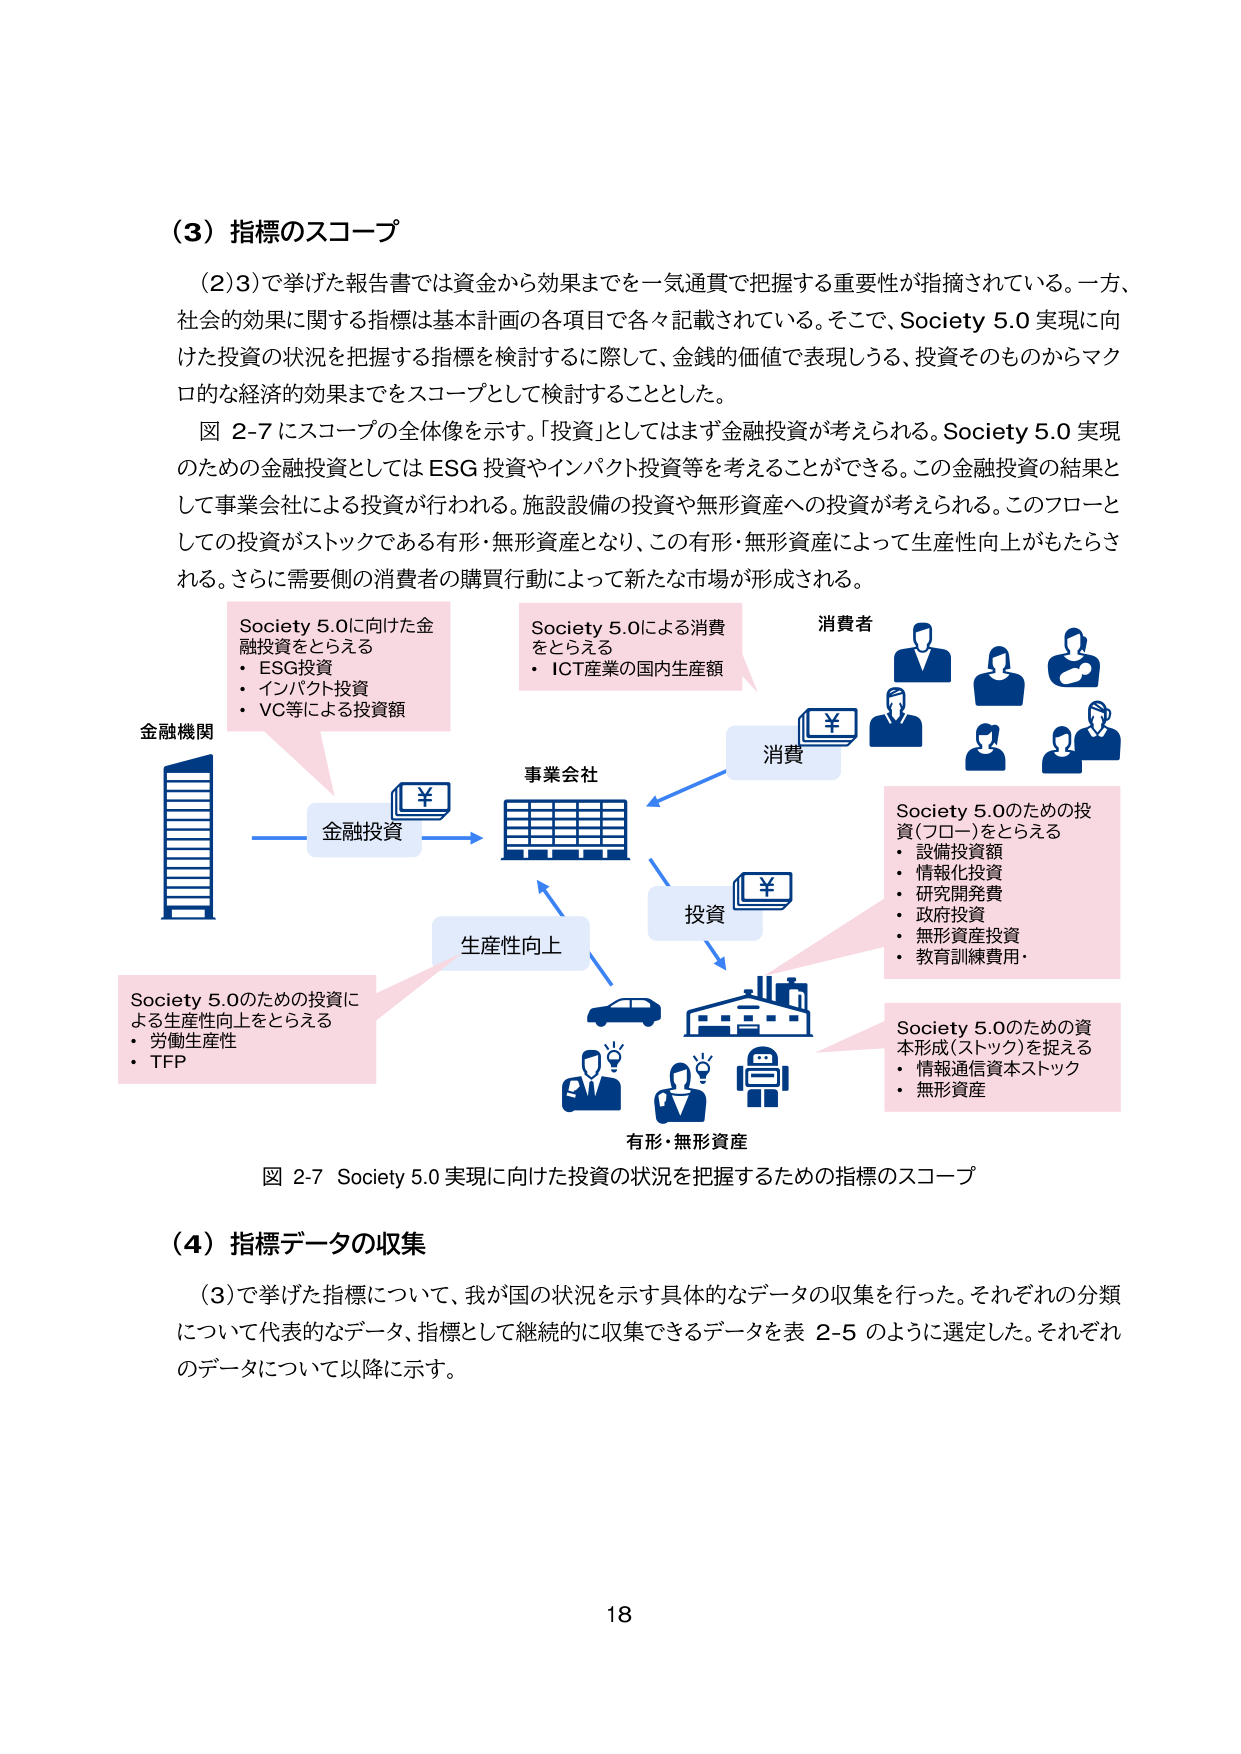
（3）指標のスコープ

（2）3）で挙げた報告書では資金から効果までを一気通貫で把握する重要性が指摘されている。一方、社会的効果に関する指標は基本計画の各項目で各々記載されている。そこで、Society 5.0 実現に向けた投資の状況を把握する指標を検討するに際して、金銭的価値で表現しうる、投資そのものからマクロ的な経済的効果までをスコープとして検討することとした。

図 2-7 にスコープの全体像を示す。「投資」としてはまず金融投資が考えられる。Society 5.0 実現のための金融投資としては ESG 投資やインパクト投資等を考えることができる。この金融投資の結果として事業会社による投資が行われる。施設設備の投資や無形資産への投資が考えられる。このフローとしての投資がストックである有形・無形資産となり、この有形・無形資産によって生産性向上がもたらされる。さらに需要側の消費者の購買行動によって新たな市場が形成される。

Society 5.0に向けた金融投資をとらえる
・ ESG投資
・ インパクト投資
・ VC等による投資額

金融機関

Society 5.0による消費をとらえる
・ ICT産業の国内生産額

消費者

事業会社

消費

投資

生産性向上

Society 5.0のための投資（フロー）をとらえる
・ 設備投資額
・ 情報化投資
・ 研究開発費
・ 政府投資
・ 無形資産投資
・ 教育訓練費用・

Society 5.0のための投資による生産性向上をとらえる
・ 労働生産性
・ TFP

Society 5.0のための資本形成（ストック）を捉える
・ 情報通信資本ストック
・ 無形資産

有形・無形資産

図 2-7 Society 5.0 実現に向けた投資の状況を把握するための指標のスコープ

（4）指標データの収集

（3）で挙げた指標について、我が国の状況を示す具体的なデータの収集を行った。それぞれの分類について代表的なデータ、指標として継続的に収集できるデータを表 2-5 のように選定した。それぞれのデータについて以降に示す。

18